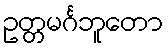
ဥတ္တမင်္ဂဘူတော